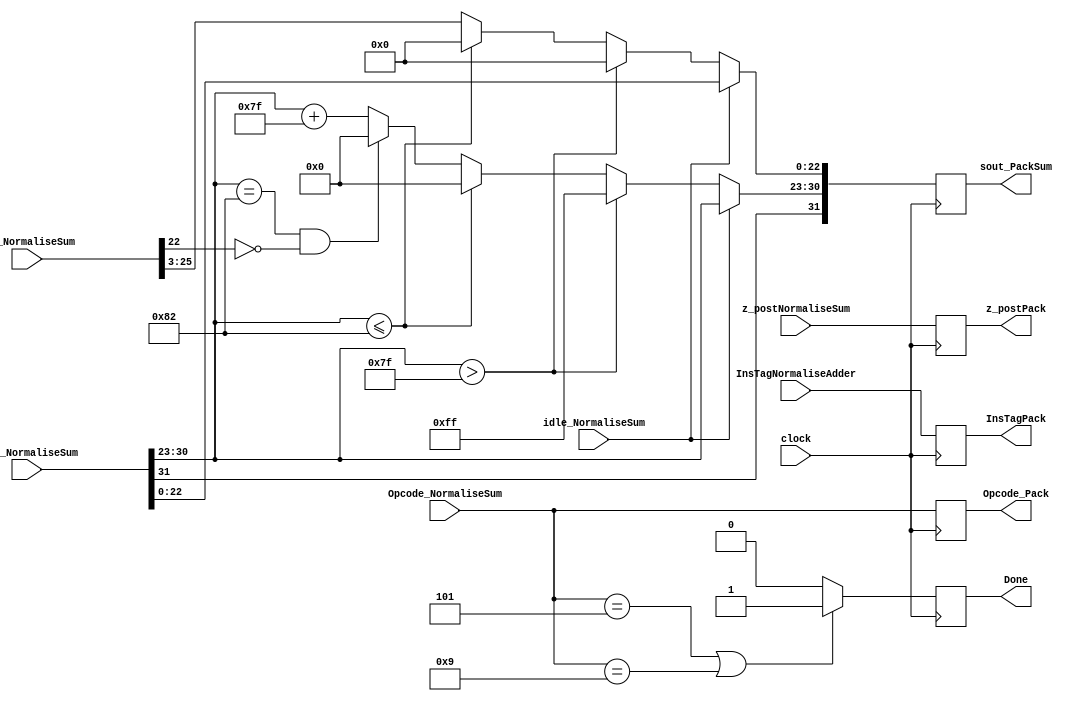
module PackAdderProcess(
	input [31:0] z_postNormaliseSum,
	input [3:0] Opcode_NormaliseSum,
	input idle_NormaliseSum,
	input [31:0] sout_NormaliseSum,
	input [27:0] sum_NormaliseSum,
	input [7:0] InsTagNormaliseAdder,
	input clock,
	output reg [31:0] sout_PackSum,
	output reg Done = 1'b0,
	output reg [31:0] z_postPack,
	output reg [3:0] Opcode_Pack,
	output reg [7:0] InsTagPack
   );
parameter no_idle = 1'b0,
			 put_idle = 1'b1;
wire s_sign;
wire [7:0] s_exponent;
assign s_sign = sout_NormaliseSum[31];
assign s_exponent = sout_NormaliseSum[30:23];
parameter sin_cos		= 4'd0,
			 sinh_cosh	= 4'd1,
			 arctan		= 4'd2,
			 arctanh		= 4'd3,
			 exp			= 4'd4,
			 sqr_root   = 4'd5,			
			 division	= 4'd6,
			 tan			= 4'd7,			
			 tanh			= 4'd8,			
			 nat_log		= 4'd9,			
			 hypotenuse = 4'd10,
			 PreProcess = 4'd11;
always @ (posedge clock)
begin
	InsTagPack <= InsTagNormaliseAdder;
	Opcode_Pack <= Opcode_NormaliseSum;
	z_postPack <= z_postNormaliseSum;
	Done <= 1'b0;
	if (idle_NormaliseSum != put_idle) begin
		sout_PackSum[22:0] <= sum_NormaliseSum[25:3];
		sout_PackSum[30:23] <= s_exponent + 127;
		sout_PackSum[31] <= s_sign;
      if ($signed(s_exponent) == -126 && sum_NormaliseSum[22] == 0) begin
         sout_PackSum[30 : 23] <= 0;
      end
		if ($signed(s_exponent) <= -126) begin
			sout_PackSum[30 : 23] <= 0;
			sout_PackSum[22:0] <= 0;
		end
      if ($signed(s_exponent) > 127) begin
         sout_PackSum[22 : 0] <= 0;
         sout_PackSum[30 : 23] <= 255;
         sout_PackSum[31] <= s_sign;
      end		
	end
	else begin
		sout_PackSum <= sout_NormaliseSum;
	end
	if (Opcode_NormaliseSum == sqr_root || Opcode_NormaliseSum == nat_log) begin
		Done <= 1'b1;
	end
end
endmodule